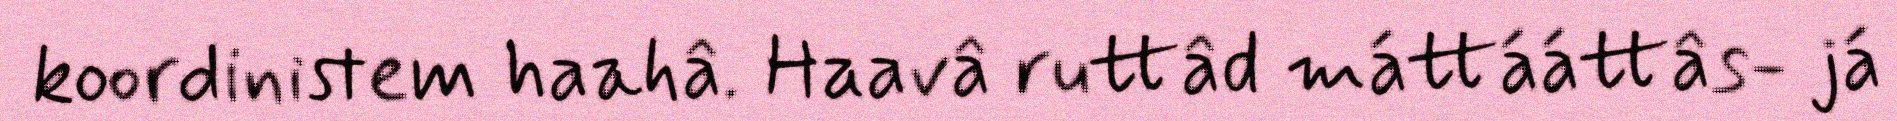
koordinistem haahâ. Haavâ ruttâd máttááttâs- já